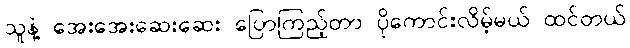
သူနဲ့ အေးအေးဆေးဆေး ပြောကြည့်တာ ပိုကောင်းလိမ့်မယ် ထင်တယ်